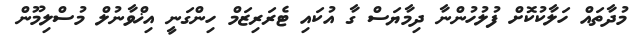
މުދާތައް ހަލާކުކޮށް ފުލުހުންނާ ދިމާޔަސް ގާ އުކައި ޓެރަރިޒަމް ހިންގަނީ އިޚްވާނުލް މުސްލިމޫން